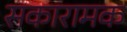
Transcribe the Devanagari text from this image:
सकारामक